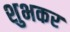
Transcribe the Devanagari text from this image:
शुभकर